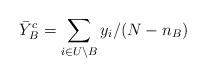
LaTeX: \begin{align*}\bar{Y}_B^c = \sum_{i\in U\setminus B} y_i/(N - n_B) \end{align*}